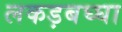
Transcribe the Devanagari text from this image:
लकड़बघ्घा